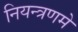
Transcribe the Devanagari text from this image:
नियन्त्रणमे